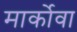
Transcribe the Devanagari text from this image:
मार्कोवा